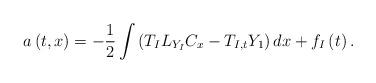
LaTeX: \begin{align*}a\left( t,x\right) =-\frac{1}{2}\int \left(T_{I}L_{Y_{I}}C_{x}-T_{I,t}Y_{1}\right) dx+f_{I}\left( t\right).\end{align*}